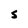
Character: S